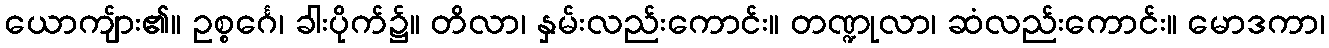
ယောကျ်ား၏။ ဥစ္စင်္ဂေ၊ ခါးပိုက်၌။ တိလာ၊ နှမ်းလည်းကောင်း။ တဏ္ဍုလာ၊ ဆံလည်းကောင်း။ မောဒကာ၊